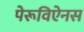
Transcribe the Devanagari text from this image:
पेरूविऐनस